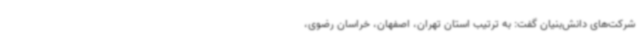
شرکت‌های دانش‌بنیان گفت: به ترتیب استان تهران، اصفهان، خراسان رضوی،